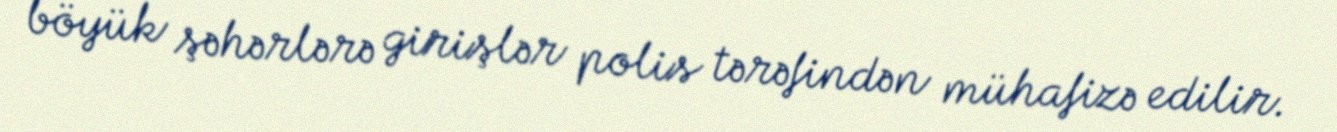
böyük şəhərlərə girişlər polis tərəfindən mühafizə edilir.